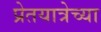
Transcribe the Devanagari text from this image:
प्रेतयात्रेच्या